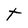
Character: t